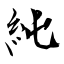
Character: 純